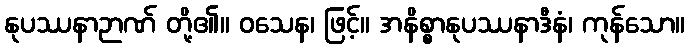
နုပဿနာဉာဏ် တို့၏။ ဝသေန၊ ဖြင့်။ အနိစ္စာနုပဿနာဒီနံ၊ ကုန်သော။